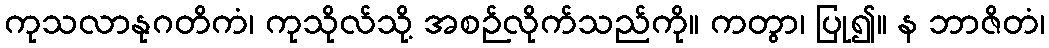
ကုသလာနုဂတိကံ၊ ကုသိုလ်သို့ အစဉ်လိုက်သည်ကို။ ကတွာ၊ ပြု၍။ န ဘာဇိတံ၊